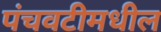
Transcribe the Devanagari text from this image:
पंचवटीमधील